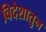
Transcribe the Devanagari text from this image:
विदेशातुन